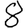
Digit: 8